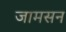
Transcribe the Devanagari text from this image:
जामसन